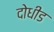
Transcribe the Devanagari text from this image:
दोधीड